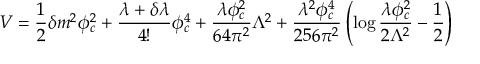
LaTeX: V = \frac { 1 } { 2 } \delta m ^ { 2 } \phi _ { c } ^ { 2 } + \frac { \lambda + \delta \lambda } { 4 ! } \phi _ { c } ^ { 4 } + \frac { \lambda \phi _ { c } ^ { 2 } } { 6 4 \pi ^ { 2 } } \Lambda ^ { 2 } + \frac { \lambda ^ { 2 } \phi _ { c } ^ { 4 } } { 2 5 6 \pi ^ { 2 } } \left( \log \frac { \lambda \phi _ { c } ^ { 2 } } { 2 \Lambda ^ { 2 } } - \frac { 1 } { 2 } \right)